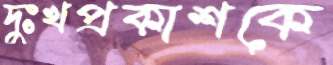
দুঃখপ্রকাশকে